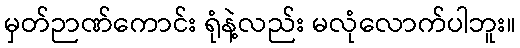
မှတ်ဉာဏ်ကောင်း ရုံနဲ့လည်း မလုံလောက်ပါဘူး။